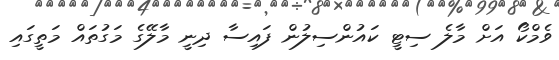
ވެމްކޯ އަށް މާލެ ސިޓީ ކައުންސިލުން ފައިސާ ދިނީ މާލޭގެ މަގުތައް މަތީގައި